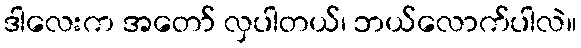
ဒါလေးက အတော် လှပါတယ်၊ ဘယ်လောက်ပါလဲ။